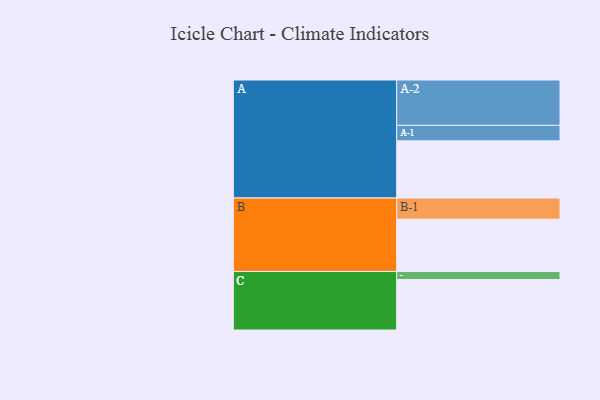
{"axis": {"x": "Segment", "y": "Value"}, "legend": ["", "A", "B", "C"], "data": [{"x": "A", "y": 373, "type": ""}, {"x": "B", "y": 341, "type": ""}, {"x": "C", "y": 329, "type": ""}, {"x": "A-1", "y": 101, "type": "A"}, {"x": "A-2", "y": 296, "type": "A"}, {"x": "B-1", "y": 138, "type": "B"}, {"x": "C-1", "y": 53, "type": "C"}]}